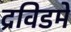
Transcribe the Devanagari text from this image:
द्रविडमे